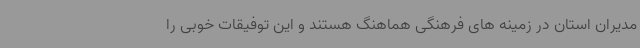
مدیران استان در زمینه های فرهنگی هماهنگ هستند و این توفیقات خوبی را